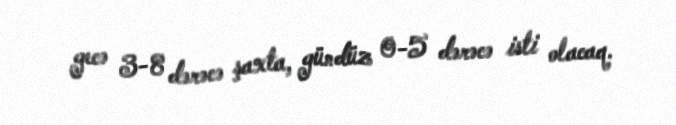
gecə 3-8 dərəcə şaxta, gündüz 0-5 dərəcə isti olacaq.